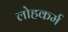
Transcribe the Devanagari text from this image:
लोहकर्म